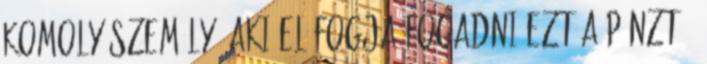
komoly személy, aki el fogja fogadni ezt a pénzt.”